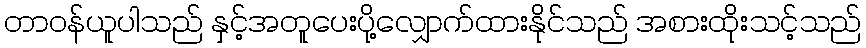
တာဝန်ယူပါသည် နှင့်အတူပေးပို့လျှောက်ထားနိုင်သည် အစားထိုးသင့်သည်